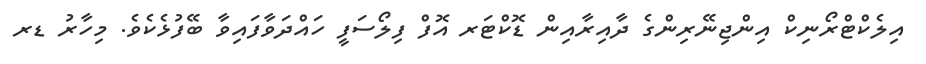
އިލެކްޓްރޯނިކް އިންޖިނޭރިންގެ ދާއިރާއިން ޑޮކްޓަރ އޮފް ފިލޯސަފީ ހައްދަވާފައިވާ ބޭފުޅެކެވެ. މިހާރު ޑރ